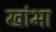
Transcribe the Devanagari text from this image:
खांभा